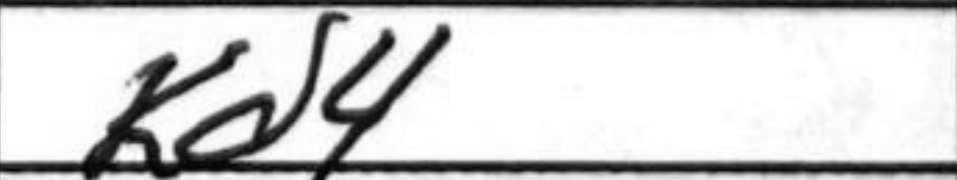
Transcription: Kd4